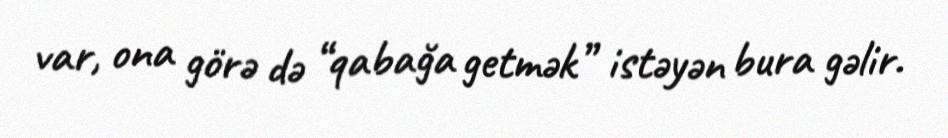
var, ona görə də “qabağa getmək” istəyən bura gəlir.